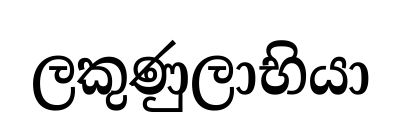
ලකුණුලාභියා